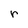
Character: r